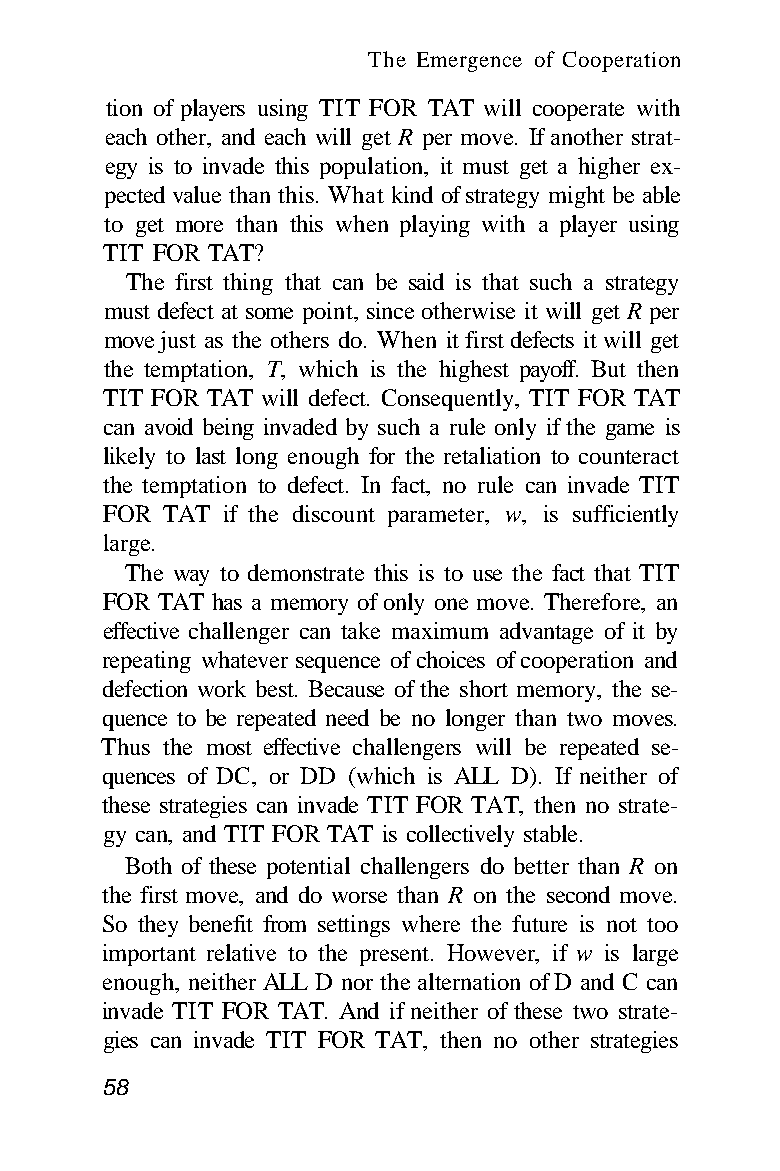
The Emergence of Cooperation
 tion of players using TIT FOR TAT will cooperate with
 each other, and each will get R per move. If another strat-
 egy is to invade this population, it must get a higher ex-
 pected value than this. What kind of strategy might be able
 to get more than this when playing with a player using
 TIT FOR TAT?
 The first thing that can be said is that such a strategy
 must defect at some point, since otherwise it will get R per
 move just as the others do. When it first defects it will get
 the temptation, T, which is the highest payoff. But then
 TIT FOR TAT will defect. Consequently, TIT FOR TAT
 can avoid being invaded by such a rule only if the game is
 likely to last long enough for the retaliation to counteract
 the temptation to defect. In fact, no rule can invade TIT
 FOR TAT if the discount parameter, w, is sufficiently
 large.
 The way to demonstrate this is to use the fact that TIT
 FOR TAT has a memory of only one move. Therefore, an
 effective challenger can take maximum advantage of it by
 repeating whatever sequence of choices of cooperation and
 defection work best. Because of the short memory, the se-
 quence to be repeated need be no longer than two moves.
 Thus the most effective challengers will be repeated se-
 quences of DC, or DD (which is ALL D). If neither of
 these strategies can invade TIT FOR TAT, then no strate-
 gy can, and TIT FOR TAT is collectively stable.
 Both of these potential challengers do better than R on
 the first move, and do worse than R on the second move.
 So they benefit from settings where the future is not too
 important relative to the present. However, if w is large
 enough, neither ALL D nor the alternation of D and C can
 invade TIT FOR TAT. And if neither of these two strate-
 gies can invade TIT FOR TAT, then no other strategies
 58